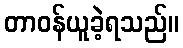
တာဝန်ယူခဲ့ရသည်။